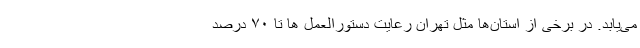
می‌یابد. در برخی از استان‌ها مثل تهران رعایت دستورالعمل ها تا ۷۰ درصد